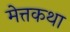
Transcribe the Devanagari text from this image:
मेत्तकथा